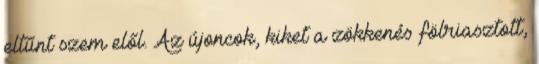
eltűnt szem elől. Az újoncok, kiket a zökkenés fölriasztott,